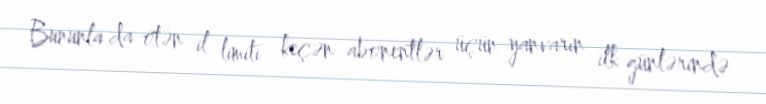
Bununla da ötən il limiti keçən abonentlər üçün yanvarın ilk günlərində